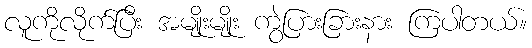
လူကိုလိုက်ပြီး အမျိုးမျိုး ကွဲပြားခြားနား ကြပါတယ်။